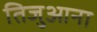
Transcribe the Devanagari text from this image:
तिजुआना